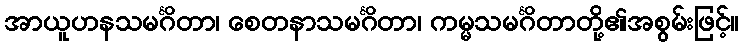
အာယူဟနသမင်္ဂိတာ၊ စေတနာသမင်္ဂိတာ၊ ကမ္မသမင်္ဂိတာတို့၏အစွမ်းဖြင့်။